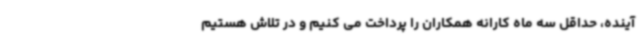
آینده، حداقل سه ماه کارانه همکاران را پرداخت می کنیم و در تلاش هستیم